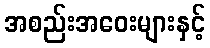
အစည်းအဝေးများနှင့်